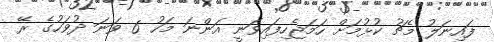
ފައިނަލު މެޗު ކުޅުމަށް ހަމަޖެހިފައިވަނީ އަންނަ މަހު 6 ވަނަ ދުވަހުގެ ރޭ